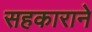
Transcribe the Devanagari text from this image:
सहकाराने